Protection of India from yellow fever
Disease focus: Fever
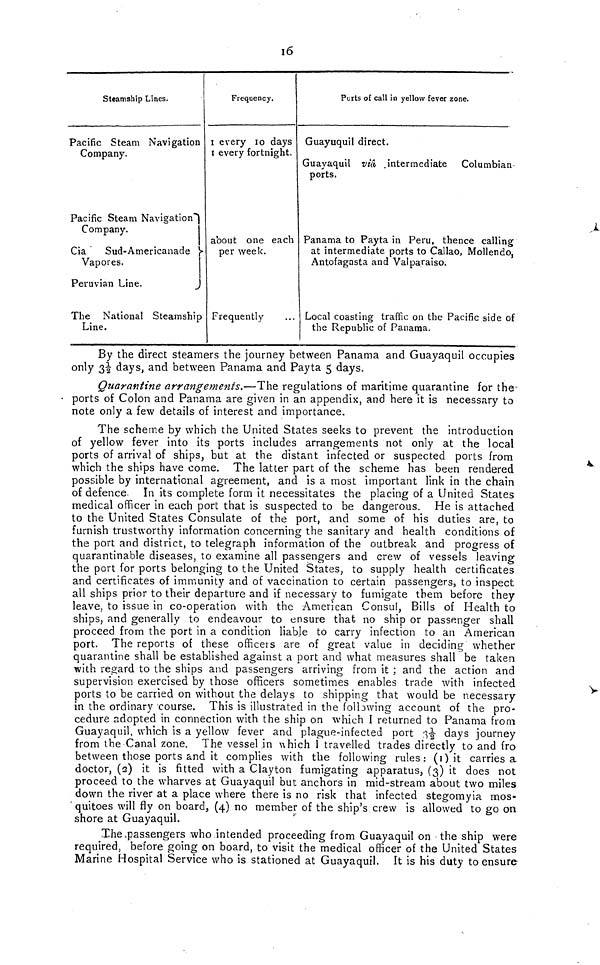
16
Steamship Lines.
Pacific Steam Navigation
Company.
Pacific Steam Navigation
Company.
Cia Sud-Americanade
Vapores.
Peruvian Line.
The National Steamship
Line.
Frequency.
I every 10 days
I every fortnight.
about one each
per week.
Frequently
Ports of call in yellow fever zone.
Guayuquil direct.
Guayaquil via .intermediate Columbian
ports.
Panama to Payta
at intermediate
Antofagasta and
in Peru, thence calling
ports to Callao, Moliendo,
Valparaiso.
Local coasting traffic on the Pacific side of
the Republic of Panama.
By the direct steamers the journey between Panama and Guayaquil occupies
only 31/2 days, and between Panama and Payta 5 days.
Quarantine arrangements.—The regulations of maritime quarantine for the-
ports of Colon and Panama are given in an appendix, and here it is necessary to
note only a few details of interest and importance.
The scheme by which the United States seeks to prevent the introduction
of yellow fever into its ports includes arrangements not only at the local
ports of arrival of ships, but at the distant infected or suspected ports from
which the ships have come. The latter part of the scheme has been rendered
possible by international agreement, and is a most important link in the chain
of defence. In its complete form it necessitates the placing of a United States
medical officer in each port that is suspected to be dangerous. He is attached
to the United States Consulate of the port, and some of his duties are, to
furnish trustworthy information concerning the sanitary and health conditions of
the port and district, to telegraph information of the outbreak and progress of
quarantinable diseases, to examine all passengers and crew of vessels leaving
the port for ports belonging to the United States, to supply health certificates
and certificates of immunity and of vaccination to certain passengers, to inspect
all ships prior to their departure and if necessary to fumigate them before they
leave, to issue in co-operation with the American Consul, Bills of Health to
ships, and generally to endeavour to ensure that no ship or passenger shall
proceed from the port in a condition liable to carry infection to an American
port. The reports of these officers are of great value in deciding whether
quarantine shall be established against a port and what measures shall be taken
with regard to the ships and passengers arriving from it ; and the action and
supervision exercised by those officers sometimes enables trade with infected
ports to be carried on without the delays to shipping that would be necessary
in the ordinary 'course. This is illustrated in the following account of the pro-
cedure adopted in connection with the ship on which I returned to Panama from
Guayaquil, which is a yellow fever and plague-infected port
days journey
from the Canal zone. The vessel in which I travelled trades directly to and fro
between those ports and it complies with the following rules: (1) it carries a
doctor, (2) it is fitted with a Clayton fumigating apparatus, (3) it does not
proceed to the wharves at Guayaquil but anchors in mid-stream about two miles
down the river at a place where there is no risk that infected stegomyia mos-
quitoes will fly on board, (4) no member of the ship's crew is allowed to go on
shore at Guayaquil.
The passengers who intended proceeding from Guayaquil on the ship were
required, before going on board, to visit the medical officer of the United States
Marine Hospital Service who is stationed at Guayaquil. It is his duty to ensure